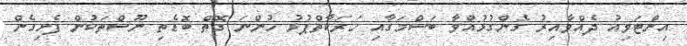
އިންޓަވިއު ދެއްވާއިރު ގެންގުޅުއްވާ ބަސްމަގާއި ހަރަކާތްޕުޅު ހުންނަ ގޮތް ބޮޑެތި ނޫސްތަކުން ފެށިގެން